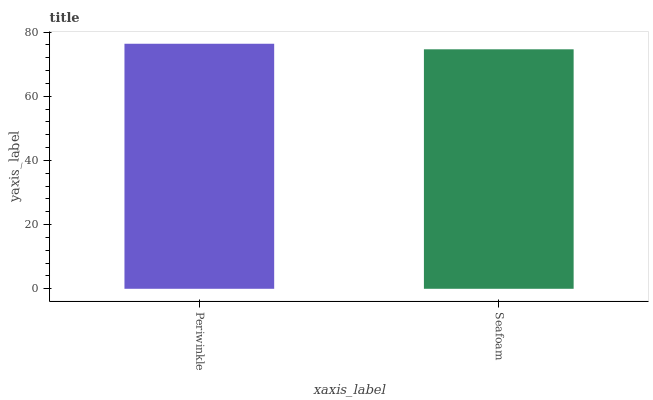
| xaxis_label | bars |
 | --- | --- |
 | Periwinkle | 76.4 |
 | Seafoam | 74.7 |